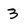
Character: 3